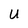
Character: U